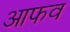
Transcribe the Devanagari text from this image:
आफव